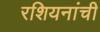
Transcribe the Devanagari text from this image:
रशियनांची